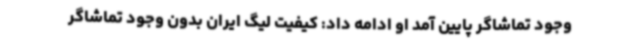
وجود تماشاگر پایین آمد او ادامه داد: کیفیت لیگ ایران بدون وجود تماشاگر